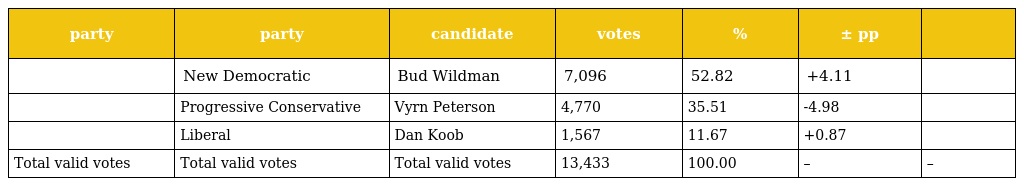
| party | party | candidate | votes | % | ± pp |  |
 | --- | --- | --- | --- | --- | --- | --- |
 |  | New Democratic | Bud Wildman | 7,096 | 52.82 | +4.11 |  |
 |  | Progressive Conservative | Vyrn Peterson | 4,770 | 35.51 | -4.98 |  |
 |  | Liberal | Dan Koob | 1,567 | 11.67 | +0.87 |  |
 | Total valid votes | Total valid votes | Total valid votes | 13,433 | 100.00 | – | – |